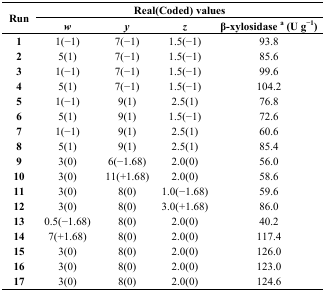
<table><thead><tr><td rowspan="3"><b>Run</b></td><td colspan="4"><b>Real(Coded) values</b></td></tr><tr><td><b><i>w</i></b></td><td><b><i>y</i></b></td><td><b><i>z</i></b></td><td><b>β-xylosidase a (U g<sup>−1</sup>)</b></td></tr></thead><tbody><tr><td><b>1</b></td><td>1(−1)</td><td>7(−1)</td><td>1.5(−1)</td><td>93.8</td></tr><tr><td><b>2</b></td><td>5(1)</td><td>7(−1)</td><td>1.5(−1)</td><td>85.6</td></tr><tr><td><b>3</b></td><td>1(−1)</td><td>7(−1)</td><td>1.5(−1)</td><td>99.6</td></tr><tr><td><b>4</b></td><td>5(1)</td><td>7(−1)</td><td>1.5(−1)</td><td>104.2</td></tr><tr><td><b>5</b></td><td>1(−1)</td><td>9(1)</td><td>2.5(1)</td><td>76.8</td></tr><tr><td><b>6</b></td><td>5(1)</td><td>9(1)</td><td>1.5(−1)</td><td>72.6</td></tr><tr><td><b>7</b></td><td>1(−1)</td><td>9(1)</td><td>2.5(1)</td><td>60.6</td></tr><tr><td><b>8</b></td><td>5(1)</td><td>9(1)</td><td>2.5(1)</td><td>85.4</td></tr><tr><td><b>9</b></td><td>3(0)</td><td>6(−1.68)</td><td>2.0(0)</td><td>56.0</td></tr><tr><td><b>10</b></td><td>3(0)</td><td>11(+1.68)</td><td>2.0(0)</td><td>58.6</td></tr><tr><td><b>11</b></td><td>3(0)</td><td>8(0)</td><td>1.0(−1.68)</td><td>59.6</td></tr><tr><td><b>12</b></td><td>3(0)</td><td>8(0)</td><td>3.0(+1.68)</td><td>86.0</td></tr><tr><td><b>13</b></td><td>0.5(−1.68)</td><td>8(0)</td><td>2.0(0)</td><td>40.2</td></tr><tr><td><b>14</b></td><td>7(+1.68)</td><td>8(0)</td><td>2.0(0)</td><td>117.4</td></tr><tr><td><b>15</b></td><td>3(0)</td><td>8(0)</td><td>2.0(0)</td><td>126.0</td></tr><tr><td><b>16</b></td><td>3(0)</td><td>8(0)</td><td>2.0(0)</td><td>123.0</td></tr><tr><td><b>17</b></td><td>3(0)</td><td>8(0)</td><td>2.0(0)</td><td>124.6</td></tr></tbody></table>